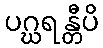
ပဂ္ဃရန္တီပိ